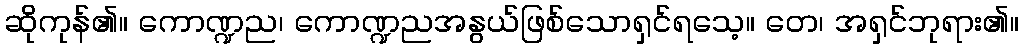
ဆိုကုန်၏။ ကောဏ္ဍည၊ ကောဏ္ဍညအနွယ်ဖြစ်သောရှင်ရသေ့။ တေ၊ အရှင်ဘုရား၏။